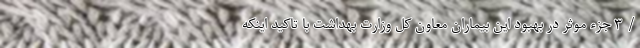
/ ۳ جزء موثر در بهبود این بیماران معاون کل وزارت بهداشت با تاکید اینکه